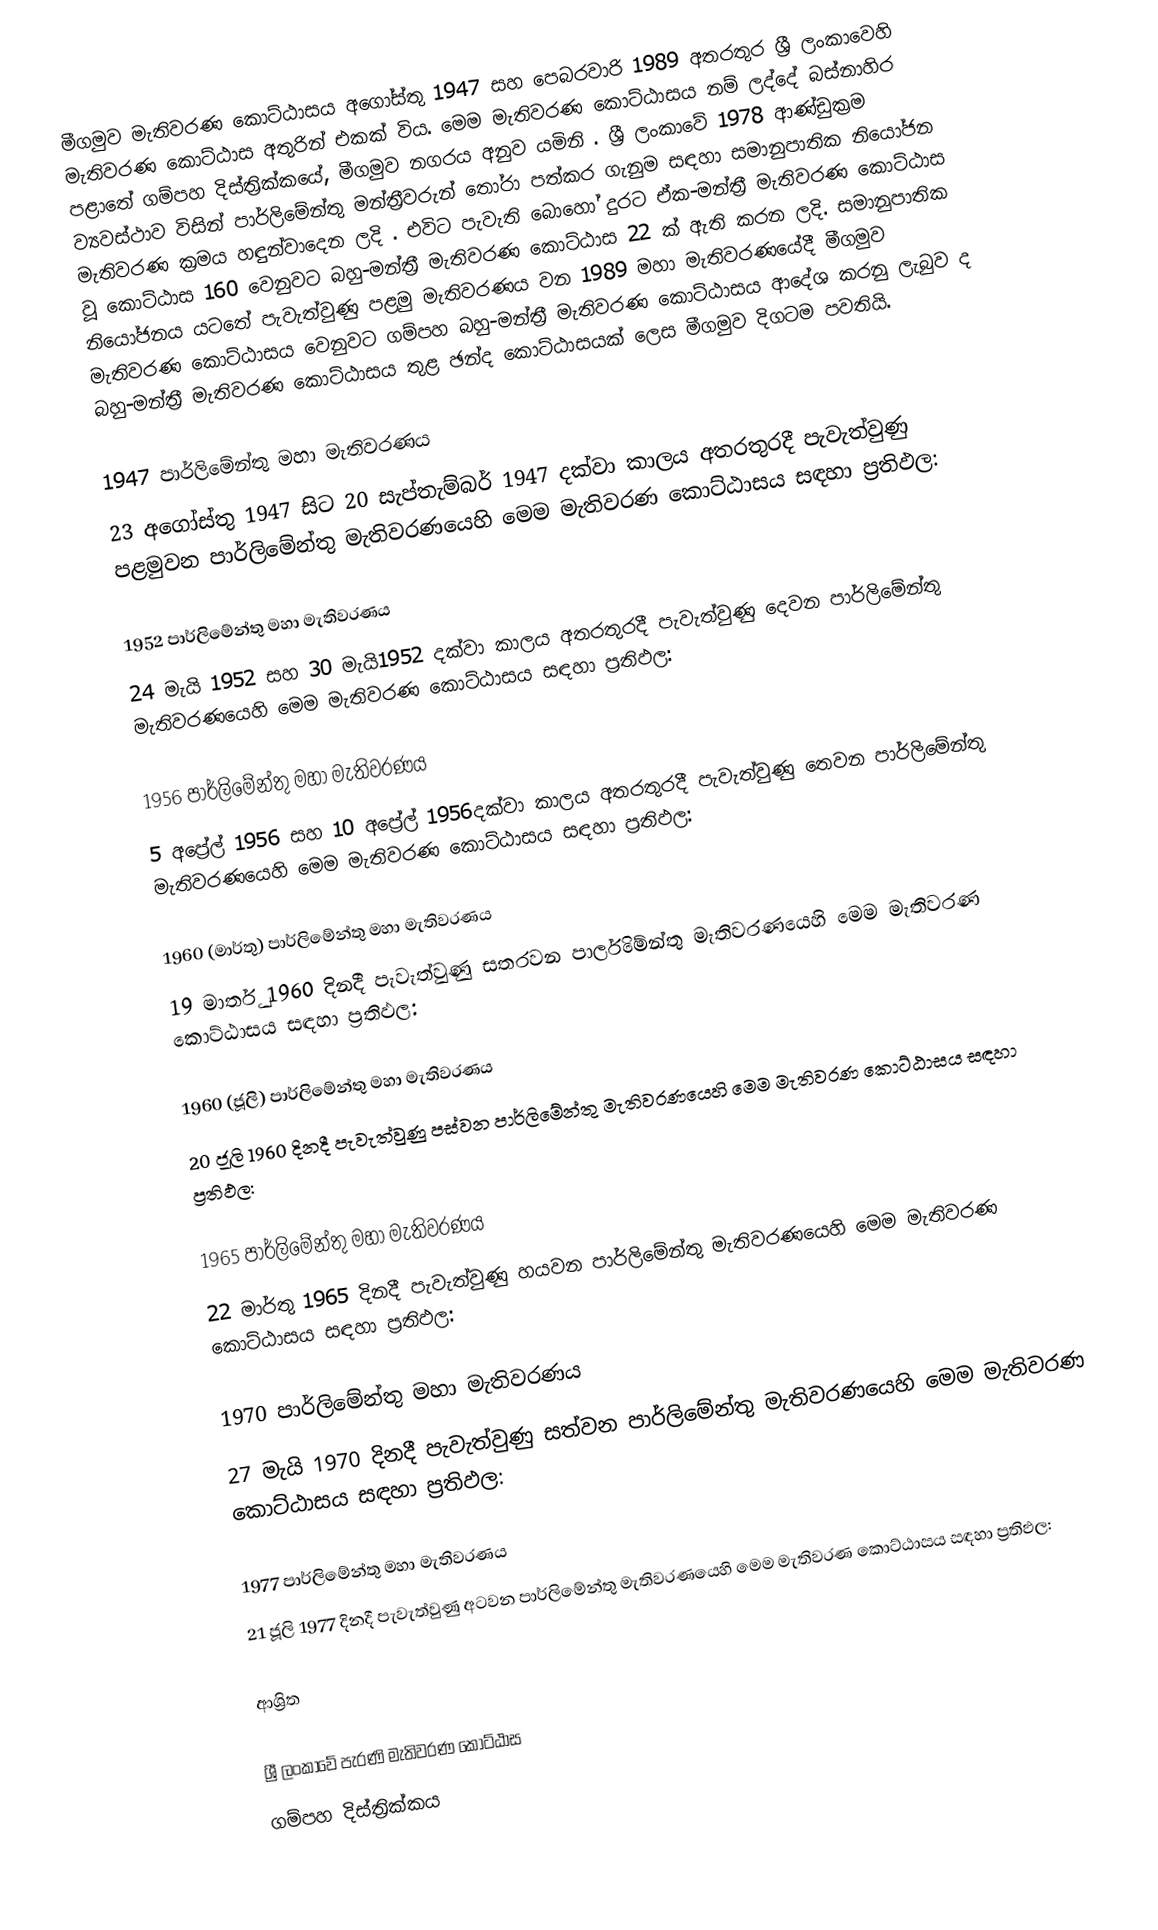
මීගමුව මැතිවරණ කොට්ඨාසය  අගෝස්තු 1947 සහ පෙබරවාරි 1989 අතරතුර  ශ්‍රී ලංකාවෙහි  මැතිවරණ කොට්ඨාස අතුරින් එකක් විය. මෙම මැතිවරණ කොට්ඨාසය නම් ලද්දේ  බස්නාහිර පළාතේ  ගම්පහ දිස්ත්‍රික්කයේ,  මීගමුව නගරය අනුව යමිනි . ශ්‍රී ලංකාවේ 1978 ආණ්ඩුක්‍රම ව්‍යවස්ථාව විසින්   පාර්ලිමේන්තු මන්ත්‍රීවරුන් තෝරා පත්කර ගැනුම සඳහා සමානුපාතික නියෝජන මැතිවරණ ක්‍රමය හඳුන්වාදෙන ලදි . එවිට පැවැති බොහෝ දුරට  ඒක-මන්ත්‍රී මැතිවරණ කොට්ඨාස වූ කොට්ඨාස 160 වෙනුවට බහු-මන්ත්‍රී මැතිවරණ කොට්ඨාස 22 ක් ඇති කරන ලදි. සමානුපාතික නියෝජනය යටතේ පැවැත්වුණු පළමු මැතිවරණය වන 1989 මහා මැතිවරණයේදී  මීගමුව මැතිවරණ කොට්ඨාසය වෙනුවට  ගම්පහ බහු-මන්ත්‍රී මැතිවරණ කොට්ඨාසය  ආදේශ කරනු ලැබුව ද බහු-මන්ත්‍රී මැතිවරණ කොට්ඨාසය තුළ ඡන්ද කොට්ඨාසයක් ලෙස මීගමුව දිගටම පවතියි.

1947 පාර්ලිමේන්තු මහා මැතිවරණය
23 අගෝස්තු 1947 සිට 20 සැප්තැම්බර් 1947 දක්වා කාලය අතරතුරදී පැවැත්වුණු  පළමුවන පාර්ලිමේන්තු මැතිවරණයෙහි මෙම මැතිවරණ කොට්ඨාසය සඳහා ප්‍රතිඵල:

1952 පාර්ලිමේන්තු මහා මැතිවරණය
24 මැයි 1952 සහ 30 මැයි1952 දක්වා කාලය අතරතුරදී පැවැත්වුණු  දෙවන පාර්ලිමේන්තු මැතිවරණයෙහි මෙම මැතිවරණ කොට්ඨාසය සඳහා ප්‍රතිඵල:

1956 පාර්ලිමේන්තු මහා මැතිවරණය
5 අප්‍රේල් 1956 සහ 10 අප්‍රේල් 1956දක්වා කාලය අතරතුරදී පැවැත්වුණු  තෙවන පාර්ලිමේන්තු මැතිවරණයෙහි මෙම මැතිවරණ කොට්ඨාසය සඳහා ප්‍රතිඵල:

1960 (මාර්තු) පාර්ලිමේන්තු මහා මැතිවරණය
19 මාර්තු 1960 දිනදී පැවැත්වුණු  සතරවන පාර්ලිමේන්තු මැතිවරණයෙහි මෙම මැතිවරණ කොට්ඨාසය සඳහා ප්‍රතිඵල:

1960 (ජූලි) පාර්ලිමේන්තු මහා මැතිවරණය
20 ජූලි 1960 දිනදී පැවැත්වුණු  පස්වන පාර්ලිමේන්තු මැතිවරණයෙහි මෙම මැතිවරණ කොට්ඨාසය සඳහා ප්‍රතිඵල:

1965 පාර්ලිමේන්තු මහා මැතිවරණය
22 මාර්තු 1965  දිනදී පැවැත්වුණු  හයවන පාර්ලිමේන්තු මැතිවරණයෙහි මෙම මැතිවරණ කොට්ඨාසය සඳහා ප්‍රතිඵල:

1970 පාර්ලිමේන්තු මහා මැතිවරණය
27 මැයි 1970 දිනදී පැවැත්වුණු  සත්වන පාර්ලිමේන්තු මැතිවරණයෙහි මෙම මැතිවරණ කොට්ඨාසය සඳහා ප්‍රතිඵල:

1977 පාර්ලිමේන්තු මහා මැතිවරණය
21 ජූලි 1977 දිනදී පැවැත්වුණු  අටවන පාර්ලිමේන්තු මැතිවරණයෙහි මෙම මැතිවරණ කොට්ඨාසය සඳහා ප්‍රතිඵල:

ආශ්‍රිත

ශ්‍රී ලංකාවේ පැරණි මැතිවරණ කොට්ඨාස
 ගම්පහ දිස්ත්‍රික්කය